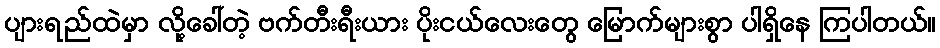
ပျားရည်ထဲမှာ လို့ခေါ်တဲ့ ဗက်တီးရီးယား ပိုးငယ်လေးတွေ မြောက်များစွာ ပါရှိနေ ကြပါတယ်။